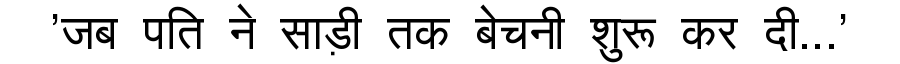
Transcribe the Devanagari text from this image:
'जब पति ने साड़ी तक बेचनी शुरू कर दी...'